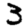
Digit: 3